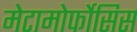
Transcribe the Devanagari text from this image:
मेटामोर्फोसिस